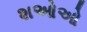
શઓઓ